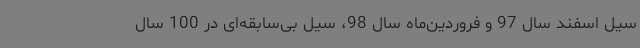
سیل اسفند سال 97 و فروردین‌ماه سال 98، سیل بی‌سابقه‌ای در 100 سال